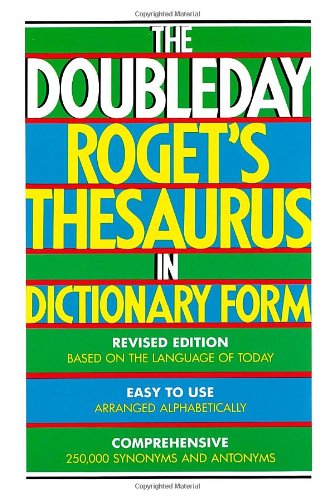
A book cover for The Doubleday Roget's Thesaurus in Dictionary Form; Reference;